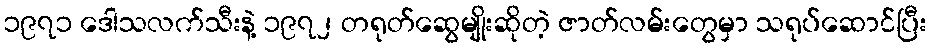
၁၉၇၁ ဒေါသလက်သီးနဲ့ ၁၉၇၂ တရုတ်ဆွေမျိုးဆိုတဲ့ ဇာတ်လမ်းတွေမှာ သရုပ်ဆောင်ပြီး